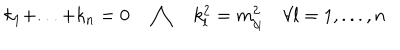
k _ { 1 } + . . . + k _ { n } = 0 \quad \bigwedge \quad k _ { l } ^ { 2 } = m _ { j _ { l } } ^ { 2 } \quad \forall l = 1 , . . . , n